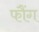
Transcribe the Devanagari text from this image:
फौंग